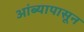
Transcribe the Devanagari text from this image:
आंब्यापासून